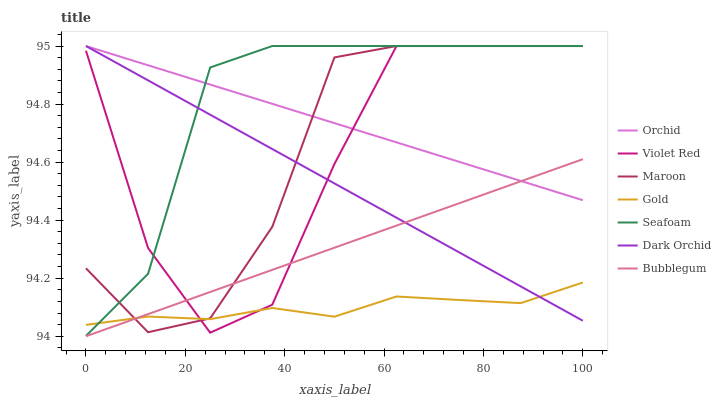
| xaxis_label | Orchid | Violet Red | Maroon | Gold | Seafoam | Dark Orchid | Bubblegum |
 | --- | --- | --- | --- | --- | --- | --- | --- |
 | 0 | 95 | 95 | 94.2 | 94 | 94 | 95 | 94 |
 | 12.5 | 94.9 | 94.3 | 94 | 94.1 | 94.2 | 94.9 | 94.1 |
 | 25 | 94.9 | 94 | 94.1 | 94.1 | 94.9 | 94.8 | 94.2 |
 | 37.5 | 94.8 | 94.1 | 94.4 | 94.1 | 95 | 94.6 | 94.2 |
 | 50 | 94.7 | 94.6 | 95 | 94.1 | 95 | 94.5 | 94.3 |
 | 62.5 | 94.7 | 95 | 95 | 94.1 | 95 | 94.4 | 94.4 |
 | 75 | 94.6 | 95 | 95 | 94.1 | 95 | 94.3 | 94.5 |
 | 87.5 | 94.5 | 95 | 95 | 94.1 | 95 | 94.2 | 94.5 |
 | 100 | 94.5 | 95 | 95 | 94.2 | 95 | 94.1 | 94.6 |